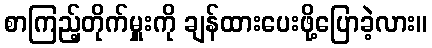
စာကြည့်တိုက်မှူးကို ချန်ထားပေးဖို့ပြောခဲ့လား။